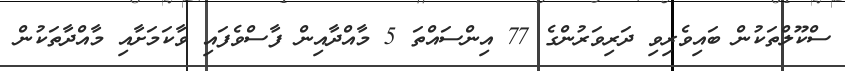
ސްކޫލްތަކުން ބައިވެރިވި ދަރިވަރުންގެ 77 އިންސައްތަ 5 މާއްދާއިން ފާސްވެފައި ވާކަމަށާއި މާއްދާތަކުން